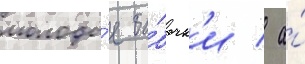
молоды́е ба́бочк'и / а́